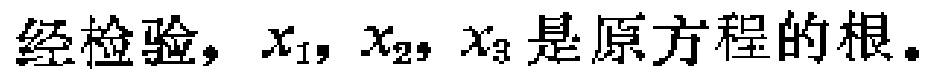
经检验，$x_1, x_2, x_3$是原方程的根。